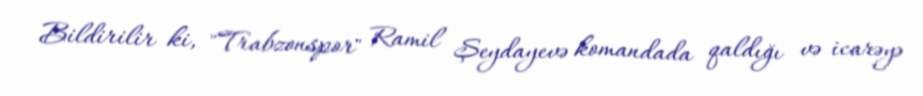
Bildirilir ki, "Trabzonspor" Ramil Şeydayevə komandada qaldığı və icarəyə